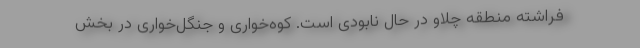
فراشته منطقه چلاو در حال نابودی است. کوه‌خواری و جنگل‌خواری در بخش